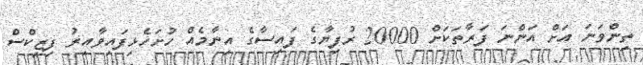
ތިންވަނަ އަށް އަންނަ ފަރާތަކަށް 20000 ރުފިޔާގެ ފައިސާގެ އިނާމެއް ހުށަހެޅިފައިވާއިރު ފިޒިކްސް